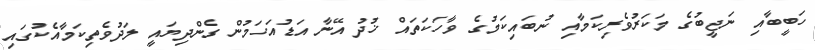
ހަބީބާއި ނަޖީބުގެ މަކަރުވެރިކަމާއި ނުބައިކަމުގެ ވާހަކަތައް ޚުދު އޭނާ އަޑުއަހަމުން ގެންދިޔައީ ލަދުވެތިކަމާއެކުގައި